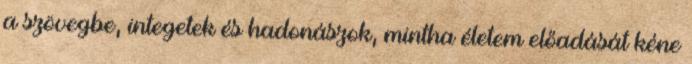
a szövegbe, integetek és hadonászok, mintha életem előadását kéne